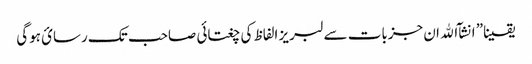
یقینا” انشآ الله ان جزبات سے لبریز الفاظ کی چغتائی صاحب تک رسائ ہوگی